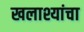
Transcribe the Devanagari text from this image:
खलाश्यांचा